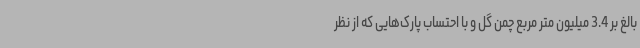
بالغ بر 3.4 میلیون متر مربع چمن گل و با احتساب پارک‌هایی که از نظر